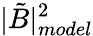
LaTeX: |\tilde{B}|_{model}^{2}